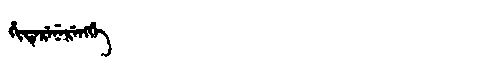
Manchu: ᡥᡳᡨᡝᡵᡝᠨᡝᡵᡝᠩᡤᡝ
Romanization: HITERENERENGGE